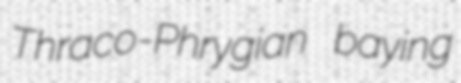
Thraco-Phrygian baying